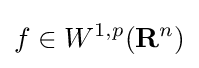
f\in W^{1,p}(\mathbf {R} ^{n})